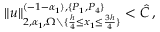
\| u \| _ { 2 , \alpha _ { 1 } , \Omega \setminus \{ \frac { h } { 4 } \leq x _ { 1 } \leq \frac { 3 h } { 4 } \} } ^ { ( - 1 - \alpha _ { 1 } ) , \{ P _ { 1 } , P _ { 4 } \} } < \hat { C } \, ,